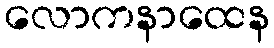
လောကနာထေန